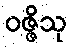
ဝဇ္ဇိသု